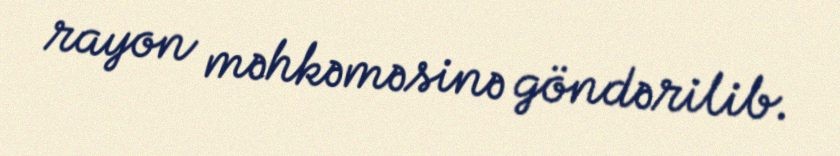
rayon məhkəməsinə göndərilib.